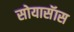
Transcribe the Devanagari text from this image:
सोयासॅास